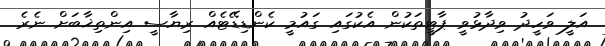
އަލީ ވަހީދު ވިދާޅުވީ ޕާޓީތަކުން އެކުގައި ގައުމީ ކެންޑިޑޭޓެއް ރިޔާސީ އިންތިޚާބަށް ނެރެ